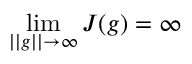
\operatorname* { l i m } _ { | | g | | \to \infty } J ( g ) = \infty